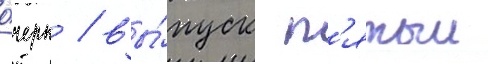
о́черк / вы́пуск п'ятыи